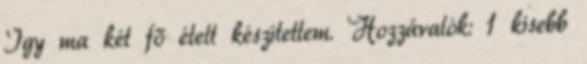
Így ma két fő ételt készítettem. Hozzávalók: 1 kisebb